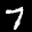
Label: 7